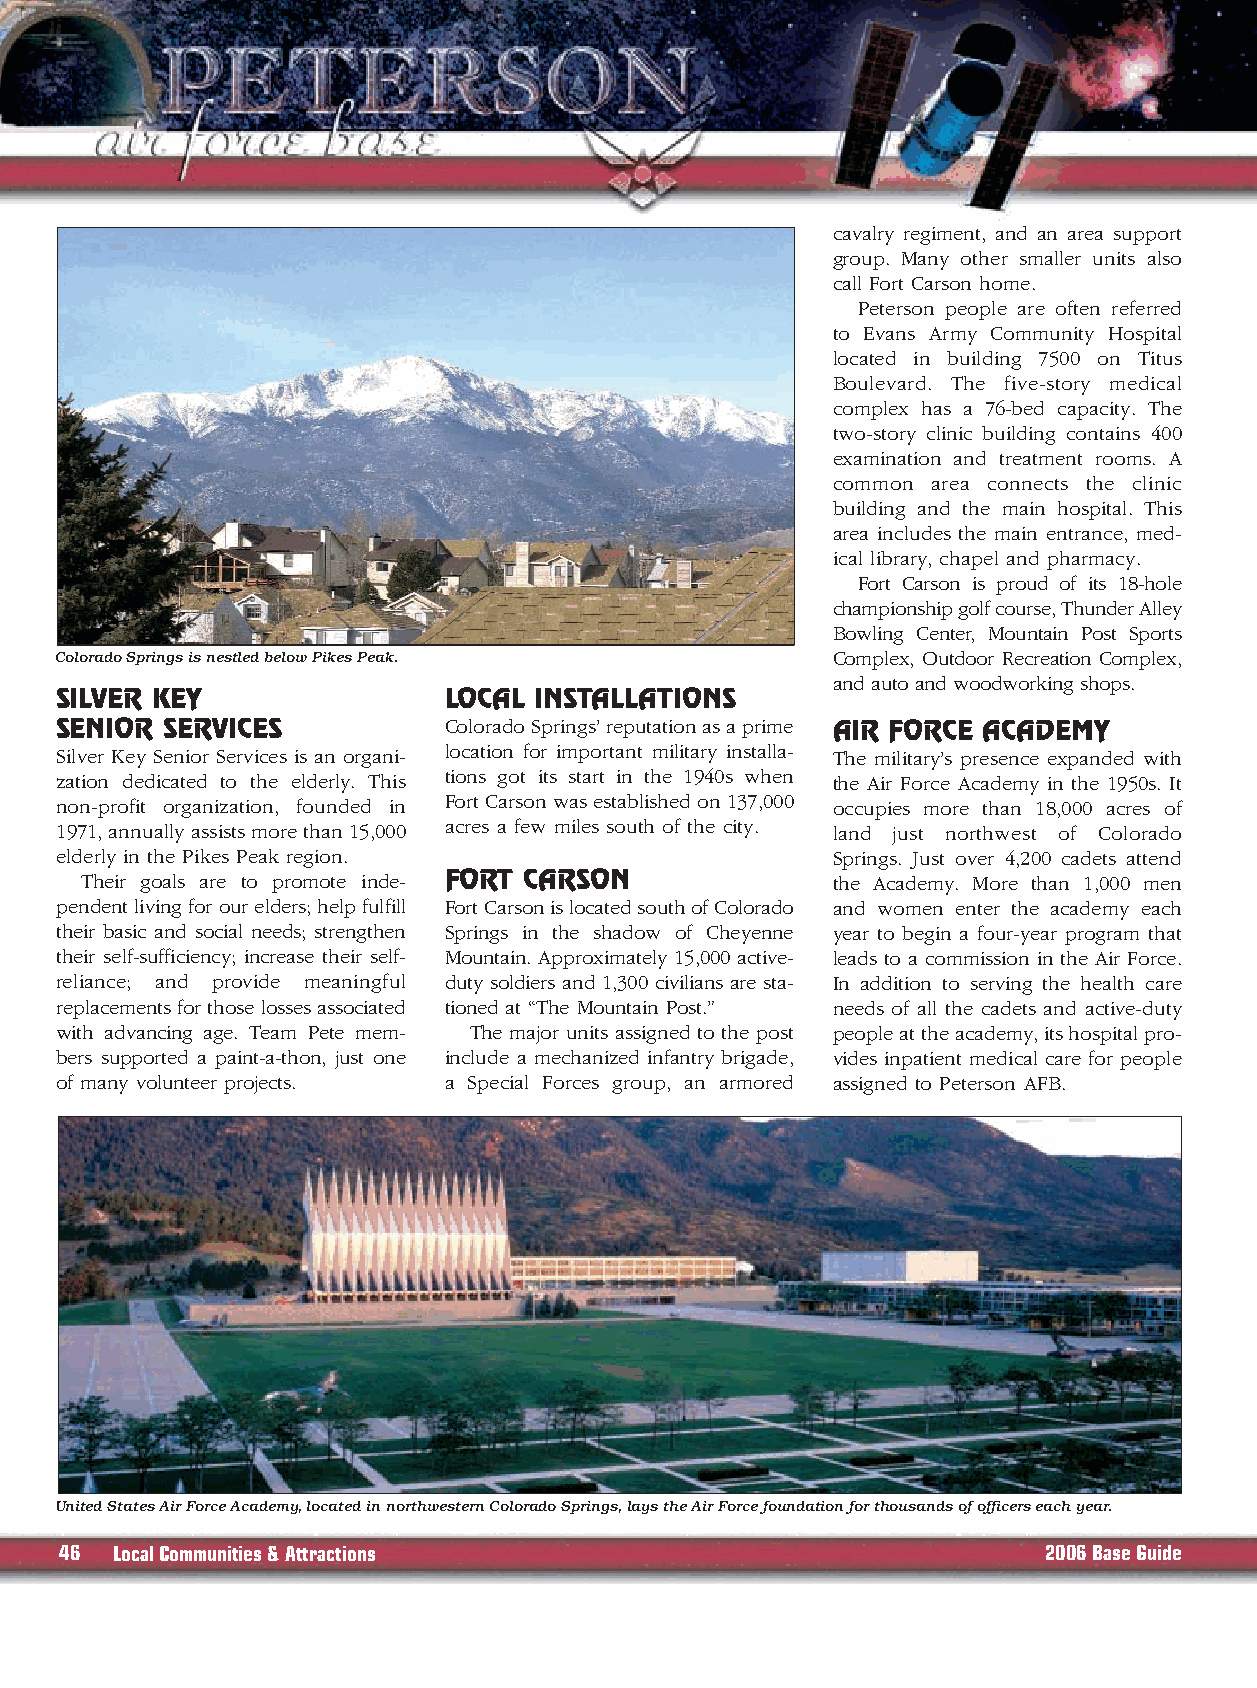
cavalry regiment, and an area support
 group. Many other smaller units also
 call Fort Carson home.
 Peterson people are often referred
 to Evans Army Community Hospital
 located in building 7500 on Titus
 Boulevard. The five-story medical
 complex has a 76-bed capacity. The
 two-story clinic building contains 400
 examination and treatment rooms. A
 common area connects the clinic
 building and the main hospital. This
 area includes the main entrance, med-
 ical library, chapel and pharmacy.
 Fort Carson is proud of its 18-hole
 championship golf course, Thunder Alley
 Bowling Center, Mountain Post Sports
 Colorado Springs is nestled below Pikes Peak.      Complex, Outdoor Recreation Complex,
 and auto and woodworking shops.
 SILVER KEY               LOCAL INSTALLATIONS
 SENIOR SERVICES          Colorado Springs’ reputation as a prime AIR FORCE ACADEMY
 Silver Key Senior Services is an organi- location for important military installa- The military’s presence expanded with
 zation dedicated to the elderly. This tions got its start in the 1940s when the Air Force Academy in the 1950s. It
 non-profit organization, founded in Fort Carson was established on 137,000 occupies more than 18,000 acres of
 1971, annually assists more than 15,000 acres a few miles south of the city. land just northwest of Colorado
 elderly in the Pikes Peak region.                  Springs. Just over 4,200 cadets attend
 Their goals are to promote inde- FORT CARSON      the Academy. More than 1,000 men
 pendent living for our elders; help fulfill Fort Carson is located south of Colorado and women enter the academy each
 their basic and social needs; strengthen Springs in the shadow of Cheyenne year to begin a four-year program that
 their self-sufficiency; increase their self- Mountain. Approximately 15,000 active- leads to a commission in the Air Force.
 reliance; and provide meaningful duty soldiers and 1,300 civilians are sta- In addition to serving the health care
 replacements for those losses associated tioned at “The Mountain Post.” needs of all the cadets and active-duty
 with advancing age. Team Pete mem- The major units assigned to the post people at the academy, its hospital pro-
 bers supported a paint-a-thon, just one include a mechanized infantry brigade, vides inpatient medical care for people
 of many volunteer projects. a Special Forces group, an armored assigned to Peterson AFB.
 United States Air Force Academy,located in northwestern Colorado Springs,lays the Air Force foundation for thousands of officers each year.
 46 LocalCommunities & Attractions                                2006 Base Guide